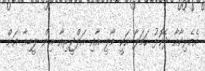
އެމެރިކާއާ ދެކޮޅު ހަމަލާ އަކީ މާލީ އާއި އަލްޖީރިއާ އިން ލީބިއާ އަށް